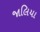
જાલિયા